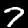
Digit: 7